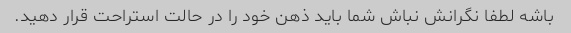
باشه لطفا نگرانش نباش شما باید ذهن خود را در حالت استراحت قرار دهید.